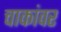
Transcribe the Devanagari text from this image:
चाकांवर